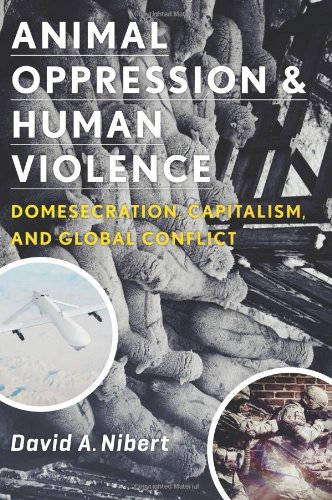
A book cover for Animal Oppression and Human Violence: Domesecration, Capitalism, and Global Conflict (Critical Perspectives on Animals: Theory, Culture, Science, and Law); David A. Nibert; Science & Math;